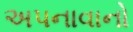
અપનાવાનો